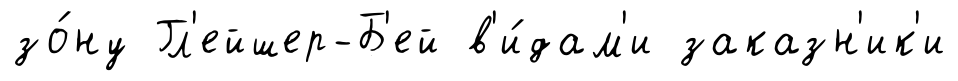
зо́ну Гл'ейшер-Б'ей в'и́дам'и заказн'ик'и